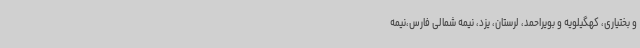
و بختیاری، کهگیلویه و بویراحمد، لرستان، یزد، نیمه شمالی فارس،نیمه